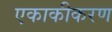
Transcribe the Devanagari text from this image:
एकाकीकरण